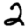
Digit: 2